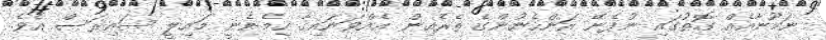
ނަމޫނާއެއް ގޮތުގައި ނުފެނޭ އަންހެނުންގެ ތެރެއިން އެއްވަނައިގާ ހިމެނެނީ މައިލީ ސައިރަސް އެވެ.